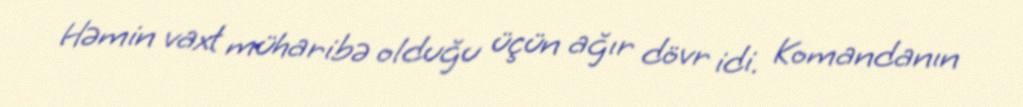
Həmin vaxt müharibə olduğu üçün ağır dövr idi. Komandanın